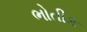
ભોતીક